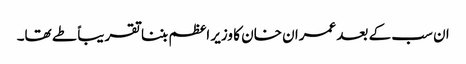
ان سب کے بعد عمران خان کا وزیر اعظم بننا تقریباً طے تھا۔